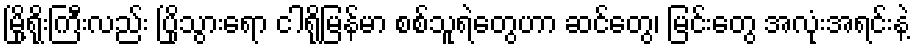
မြို့ရိုးကြီးလည်း ပြိုသွားရော ငါရို့မြန်မာ စစ်သူရဲတွေဟာ ဆင်တွေ၊ မြင်းတွေ အလုံးအရင်းနဲ့